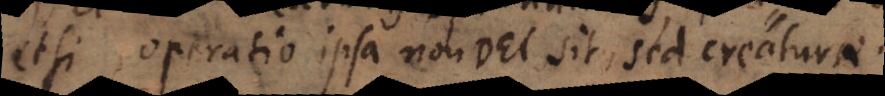
etsi operatio ipsa non Dei sit sed creaturae.